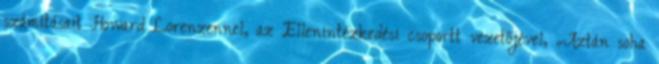
számításait Howard Lorenzennel, az Ellenintézkedési csoportt vezetőjével, „Aztán soha